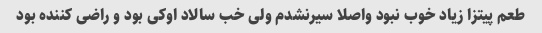
طعم پیتزا زیاد خوب نبود واصلا سیرنشدم ولی خب سالاد اوکی بود و راضی کننده بود